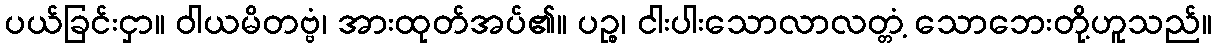
ပယ်ခြင်းငှာ။ ဝါယမိတဗ္ဗံ၊ အားထုတ်အပ်၏။ ပဉ္စ၊ ငါးပါးသောလာလတ္တံ့ သောဘေးတို့ဟူသည်။